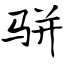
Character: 骈